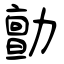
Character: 勯